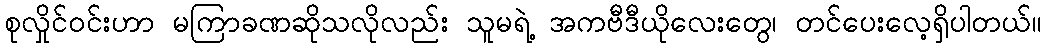
စုလှိုင်၀င်းဟာ မကြာခဏဆိုသလိုလည်း သူမရဲ့ အကဗီဒီယိုလေးတွေ၊ တင်ပေးလေ့ရှိပါတယ်။